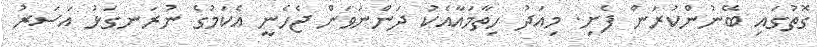
ގޮތުގައި ބޭނުންކުރަން ފެށި. މިއަދު ހިތާމައާއެކު ދަންނަވަން ޖެހެނީ އެކަމުގެ ނުރަނގަޅު އަސަރު